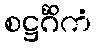
စဋ္ဌင်္ဂိကံ